Plague in India, 1896, 1897 - Volume 2
Year: 1896
Disease focus: Plague
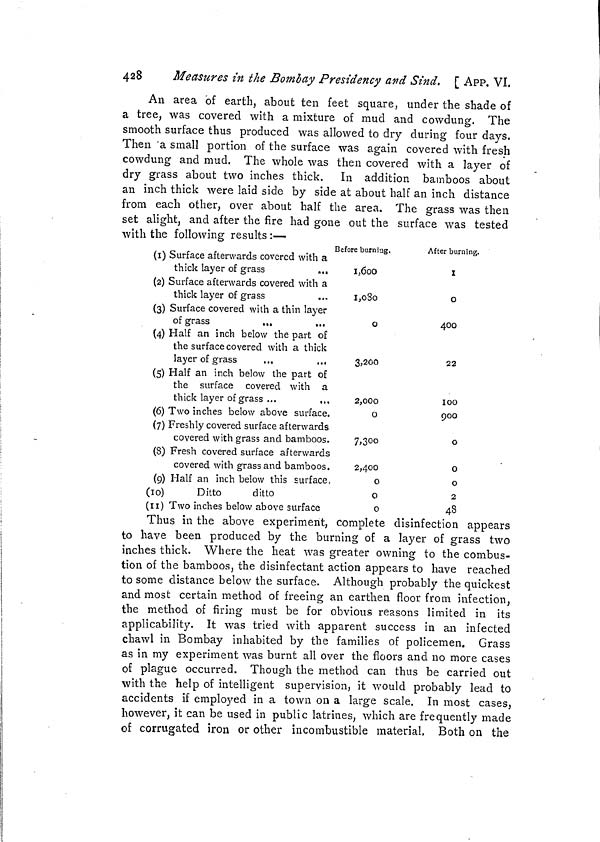
428
Measures in the Bombay Presidency and Sind. [ APP. VI.
An area of earth, about ten feet square, under the shade of
a tree, was covered with a mixture of mud and cowdung. The
smooth surface thus produced was allowed to dry during four days.
Then a small portion of the surface was again covered with fresh
cowdung and mud. The whole was then covered with a layer of
dry grass about two inches thick. In addition bamboos about
an inch thick were laid side by side at about half an inch distance
from each other, over about half the area. The grass was then
set alight, and after the fire had gone out the surface was tested
with the following results :—
(1) Surface afterwards covered with a
thick layer of grass
...
(2) Surface afterwards covered with a
thick layer of grass
(3) Surface covered with a thin layer
of grass
...
(4) Half an inch below the part of
the surf ace covered with a thick
layer of grass
...
,.,
(5) Half an inch below the part of
the surface covered with a
thick layer of grass ...
(6) Two inches below above surface.
(7) Freshly covered surface afterwards
covered with grass and bamboos.
(8) Fresh covered surface afterwards
covered with grass and bamboos.
(9) Half an inch below this surface,
(10)
Ditto
ditto
(11) Two inches below above surface
Before burning.
1,600
1,030
0
3,200
2,000
0
7,300
2,400
0
0
0
After burning.
1
0
40O
22
100
900
0
0
0
2
48
Thus in the above experiment, complete disinfection appears
to have been produced by the burning of a layer of grass two
inches thick. Where the heat was greater owning to the combus-
tion of the bamboos, the disinfectant action appears to have reached
to some distance below the surface. Although probably the quickest
and most certain method of freeing an earthen floor from infection,
the method of firing must be for obvious reasons limited in its
applicability. It was tried with apparent success in an infected
chawl in Bombay inhabited by the families of policemen. Grass
as in my experiment was burnt all over the floors and no more cases
of plague occurred. Though the method can thus be carried out
with the help of intelligent supervision, it would probably lead to
accidents if employed in a town on a large scale. In most cases,
however, it can be used in public latrines, which are frequently made
of corrugated iron or other incombustible material. Both on the